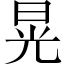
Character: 晃